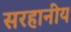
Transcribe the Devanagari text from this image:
सरहानीय